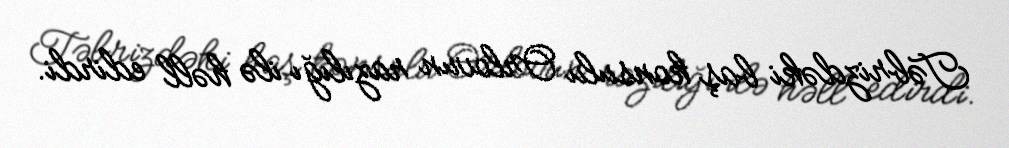
Təbrizdəki baş konsulu Orlovun razılığı ilə həll edirdi.